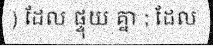
) ដែល ផ្ទុយ គ្នា ; ដែល